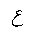
Letter: _ayn